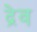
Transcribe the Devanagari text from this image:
द्रेव